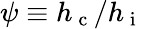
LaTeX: \psi\equiv h_{\mathrm{~c~}}/h_{\mathrm{~i~}}